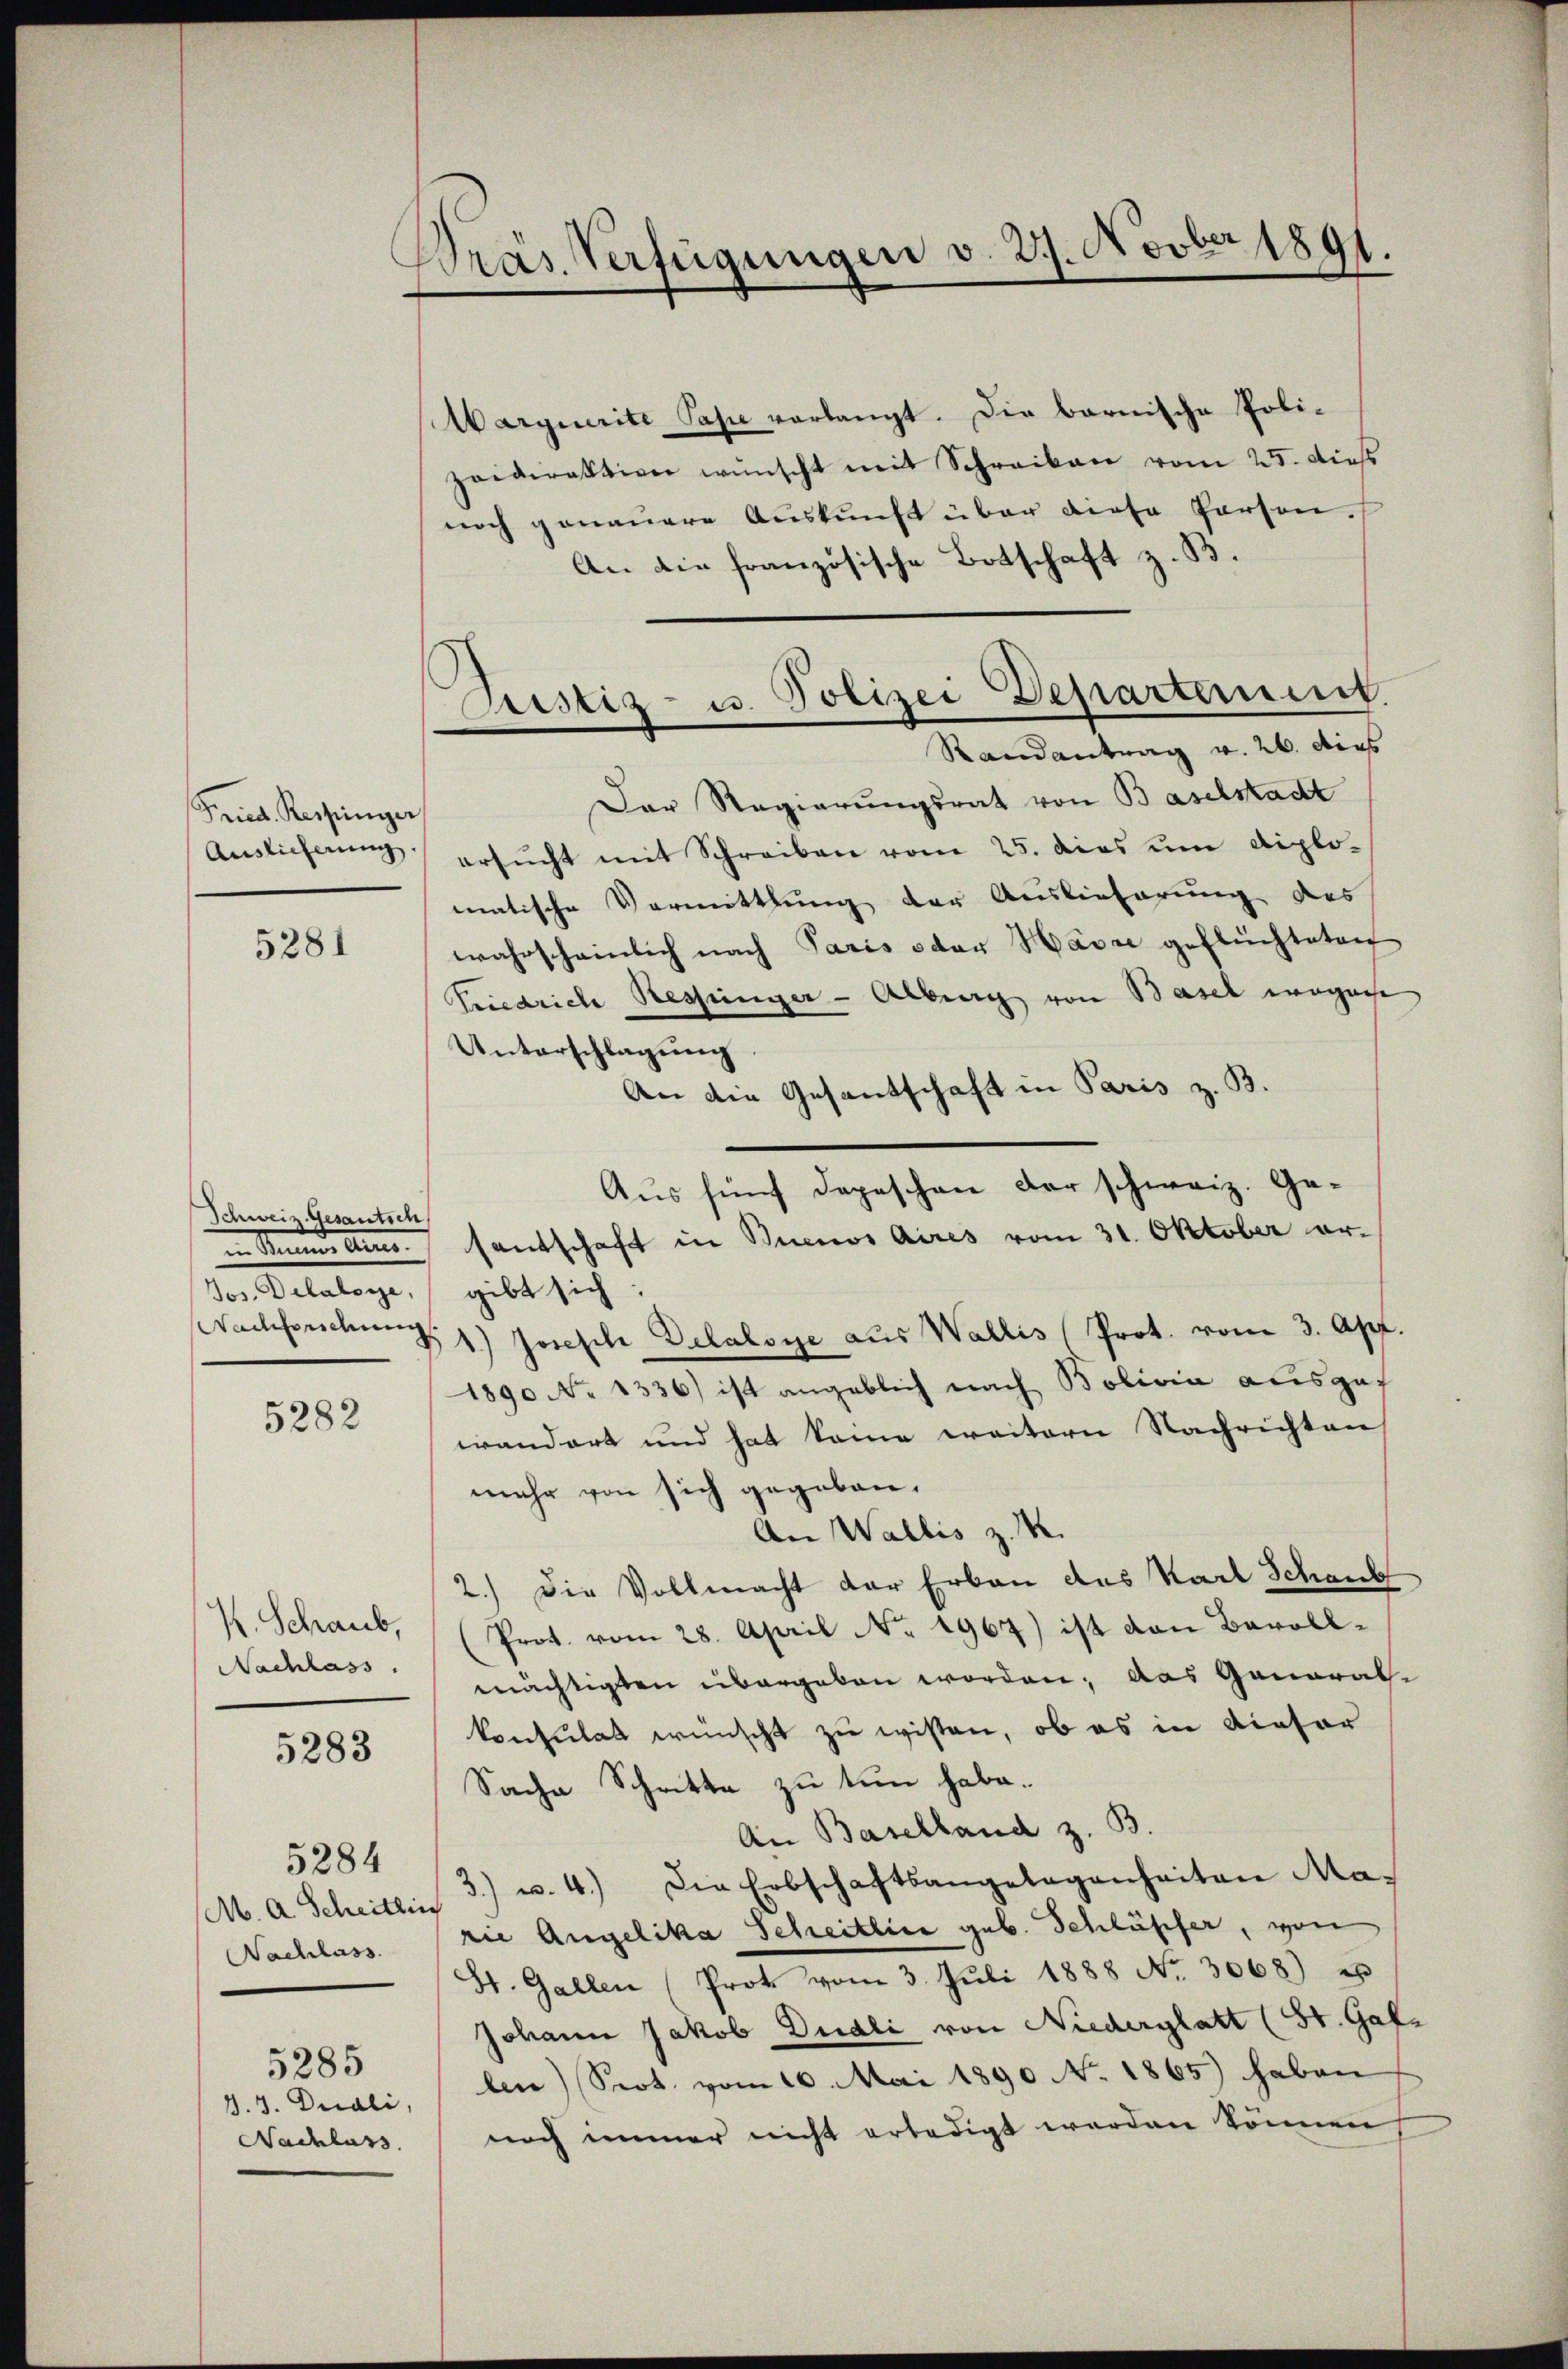
Fried. Respinger
Auslieferung.

5281

Schweiz. Gesantsch
in Mannes An
Jos. Delatore,

5282

R. Schaub,
Nachlass

5283

5284
Nachlass
5285
d. 3. Duali,
Nachlass

Drás Verfügungen v. 27. Novber 1891.

Wargiurite Pase verlangt. Die barnische Poli-
zaidirektion wünscht mit Schreiben vom 25. dieß
noch genauere Auskunft über diese Person.
An die französische Botschaft z. B.
Der Regierungsrat von Baselstadt
ersucht mit Schreiben vom 25. dies um diplomatische Vormittlung der Auslieferung des
wahrscheinlich nach Paris oder Harre geflüchteten
Friedrich Ressinger - Alberg von Basel wegenhe
Unterschlagung
An die Gesantschaft in Paris z. B.
Aus fünf dopeschen der schweiz. Gesantschaft in Buenos Aires vom 31. Oktober er-
gibt sich
Wachforschung 1.) Joseph Delalsye aus Wallis Prot. vom 3. Apr.
1890 No 1336) ist angeblich nach Bolivia ausgef
wandert und hat keine weitern Nachrichten
mehr von sich gegeben.
An Wallis z. R.
2.) Die Vollmacht der Erbau das Karl Schank
(Prot. vom 28. April No. 1967) ist von Barollmächtigten übergeben worden; das General-
konsulat wünscht zu wissen, ob es in dieser
Sache Schritte zu tun habe.
An Baselland z. B.
M. A. Scheitlin 3) u. 4.) Die Erbschaftsangelegenheiten Ma-
rie Angelika Scheitlice geb. Schläpfer, von
St. Gallen (Prot vom 3. Juli 1888 No. 3068) es
Johann Jakob Dudli von Niederglatt (St. Gale
len) Sept. vom 10. Mai 1890 No 1865) haben
noch immer nicht erledigt werden können

Justiz- u. Polizei Departement.
Randantrag v. 26. dies